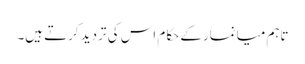
تاہم میانمار کے حکام اس کی تردید کرتے ہیں۔